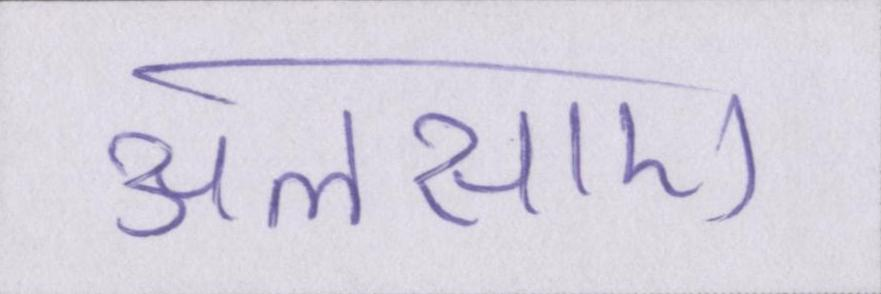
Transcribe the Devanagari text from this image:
अलसाए